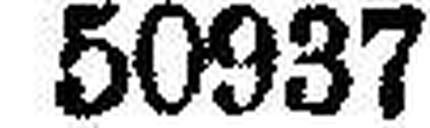
50937